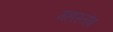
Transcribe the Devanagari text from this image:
महास्तोत्र